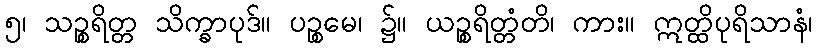
၅၊ သဉ္စရိတ္တ သိက္ခာပုဒ်။ ပဉ္စမေ၊ ၌။ ယဉ္စရိတ္တံတိ၊ ကား။ ဣတ္ထိပုရိသာနံ၊